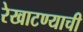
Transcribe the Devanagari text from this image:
रेखाटण्याची